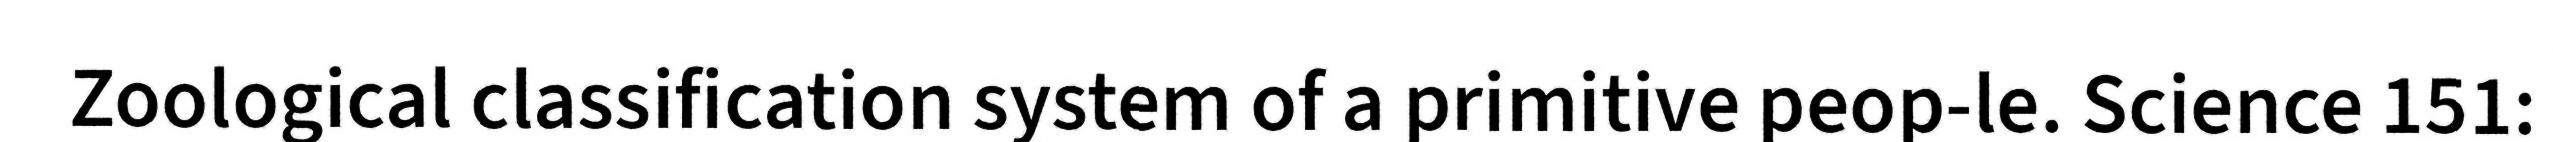
Zoological classification system of a primitive peop-le. Science 151: